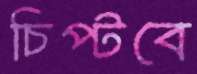
চিপ্‌টবে